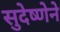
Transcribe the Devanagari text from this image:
सुदेष्णेने